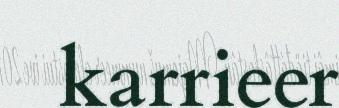
karrieer